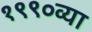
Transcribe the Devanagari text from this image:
१९९०व्या